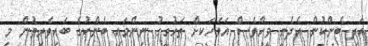
އަދި ބެންކުން އެދެނީ ވީހާވެސް އަވަހަަކށް ތަހުގީގު ނިންމައި ބެންކުގެ ބައިވެރިވުން މި